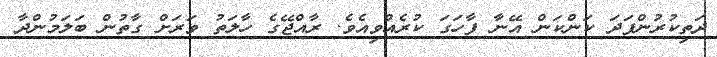
ދަތިކުރުންފަދަ ކަންކަން އޭނާ ފާހަގަ ކުރެއްވިއެވެ. ރާއްޖޭގެ ހާލަތު ވަރަށް ގާތުން ބަލަމުންދާ